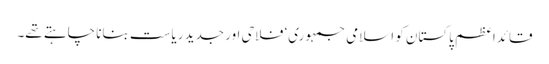
قائداعظم پاکستان کو اسلامی جمہوری‘ فلاحی اور جدید ریاست بنانا چاہتے تھے۔